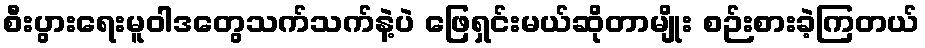
စီးပွားရေးမူဝါဒတွေသက်သက်နဲ့ပဲ ဖြေရှင်းမယ်ဆိုတာမျိုး စဉ်းစားခဲ့ကြတယ်